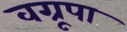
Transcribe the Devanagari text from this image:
वग्रूपा